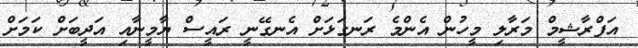
އަފްރާޝީމް މަރާލި މީހުން އެންމެ ރަނގަޅަށް އެނގޭނީ ރައީސް ޔާމީނާއި އަދީބަށް ކަމަށް